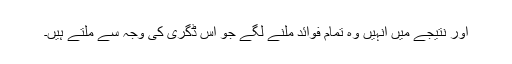
اور نتیجے میں انہیں وہ تمام فوائد ملنے لگے جو اس ڈگری کی وجہ سے ملتے ہیں۔